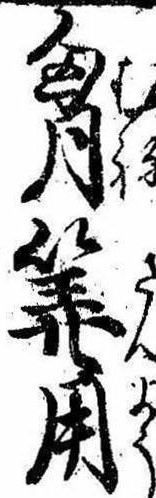
胸算用